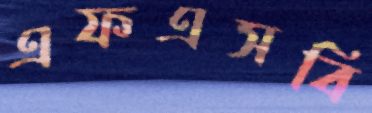
এফএসবি